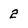
Character: 2